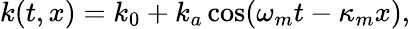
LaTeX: k(t,x)=k_{0}+k_{a}\cos(\omega_{m}t-\kappa_{m}x),